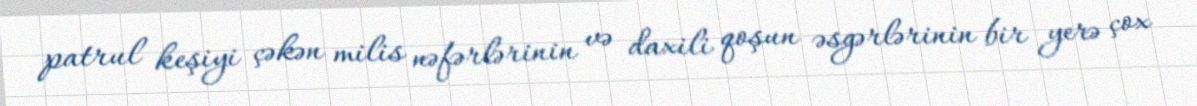
patrul keşiyi çəkən milis nəfərlərinin və daxili qoşun əsgərlərinin bir yerə çox